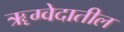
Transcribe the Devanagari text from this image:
ॠग्वेदातील